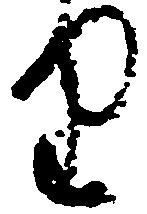
り